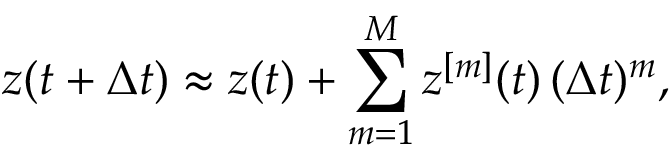
z ( t + \Delta t ) \approx z ( t ) + \sum _ { m = 1 } ^ { M } z ^ { [ m ] } ( t ) \, ( \Delta t ) ^ { m } ,